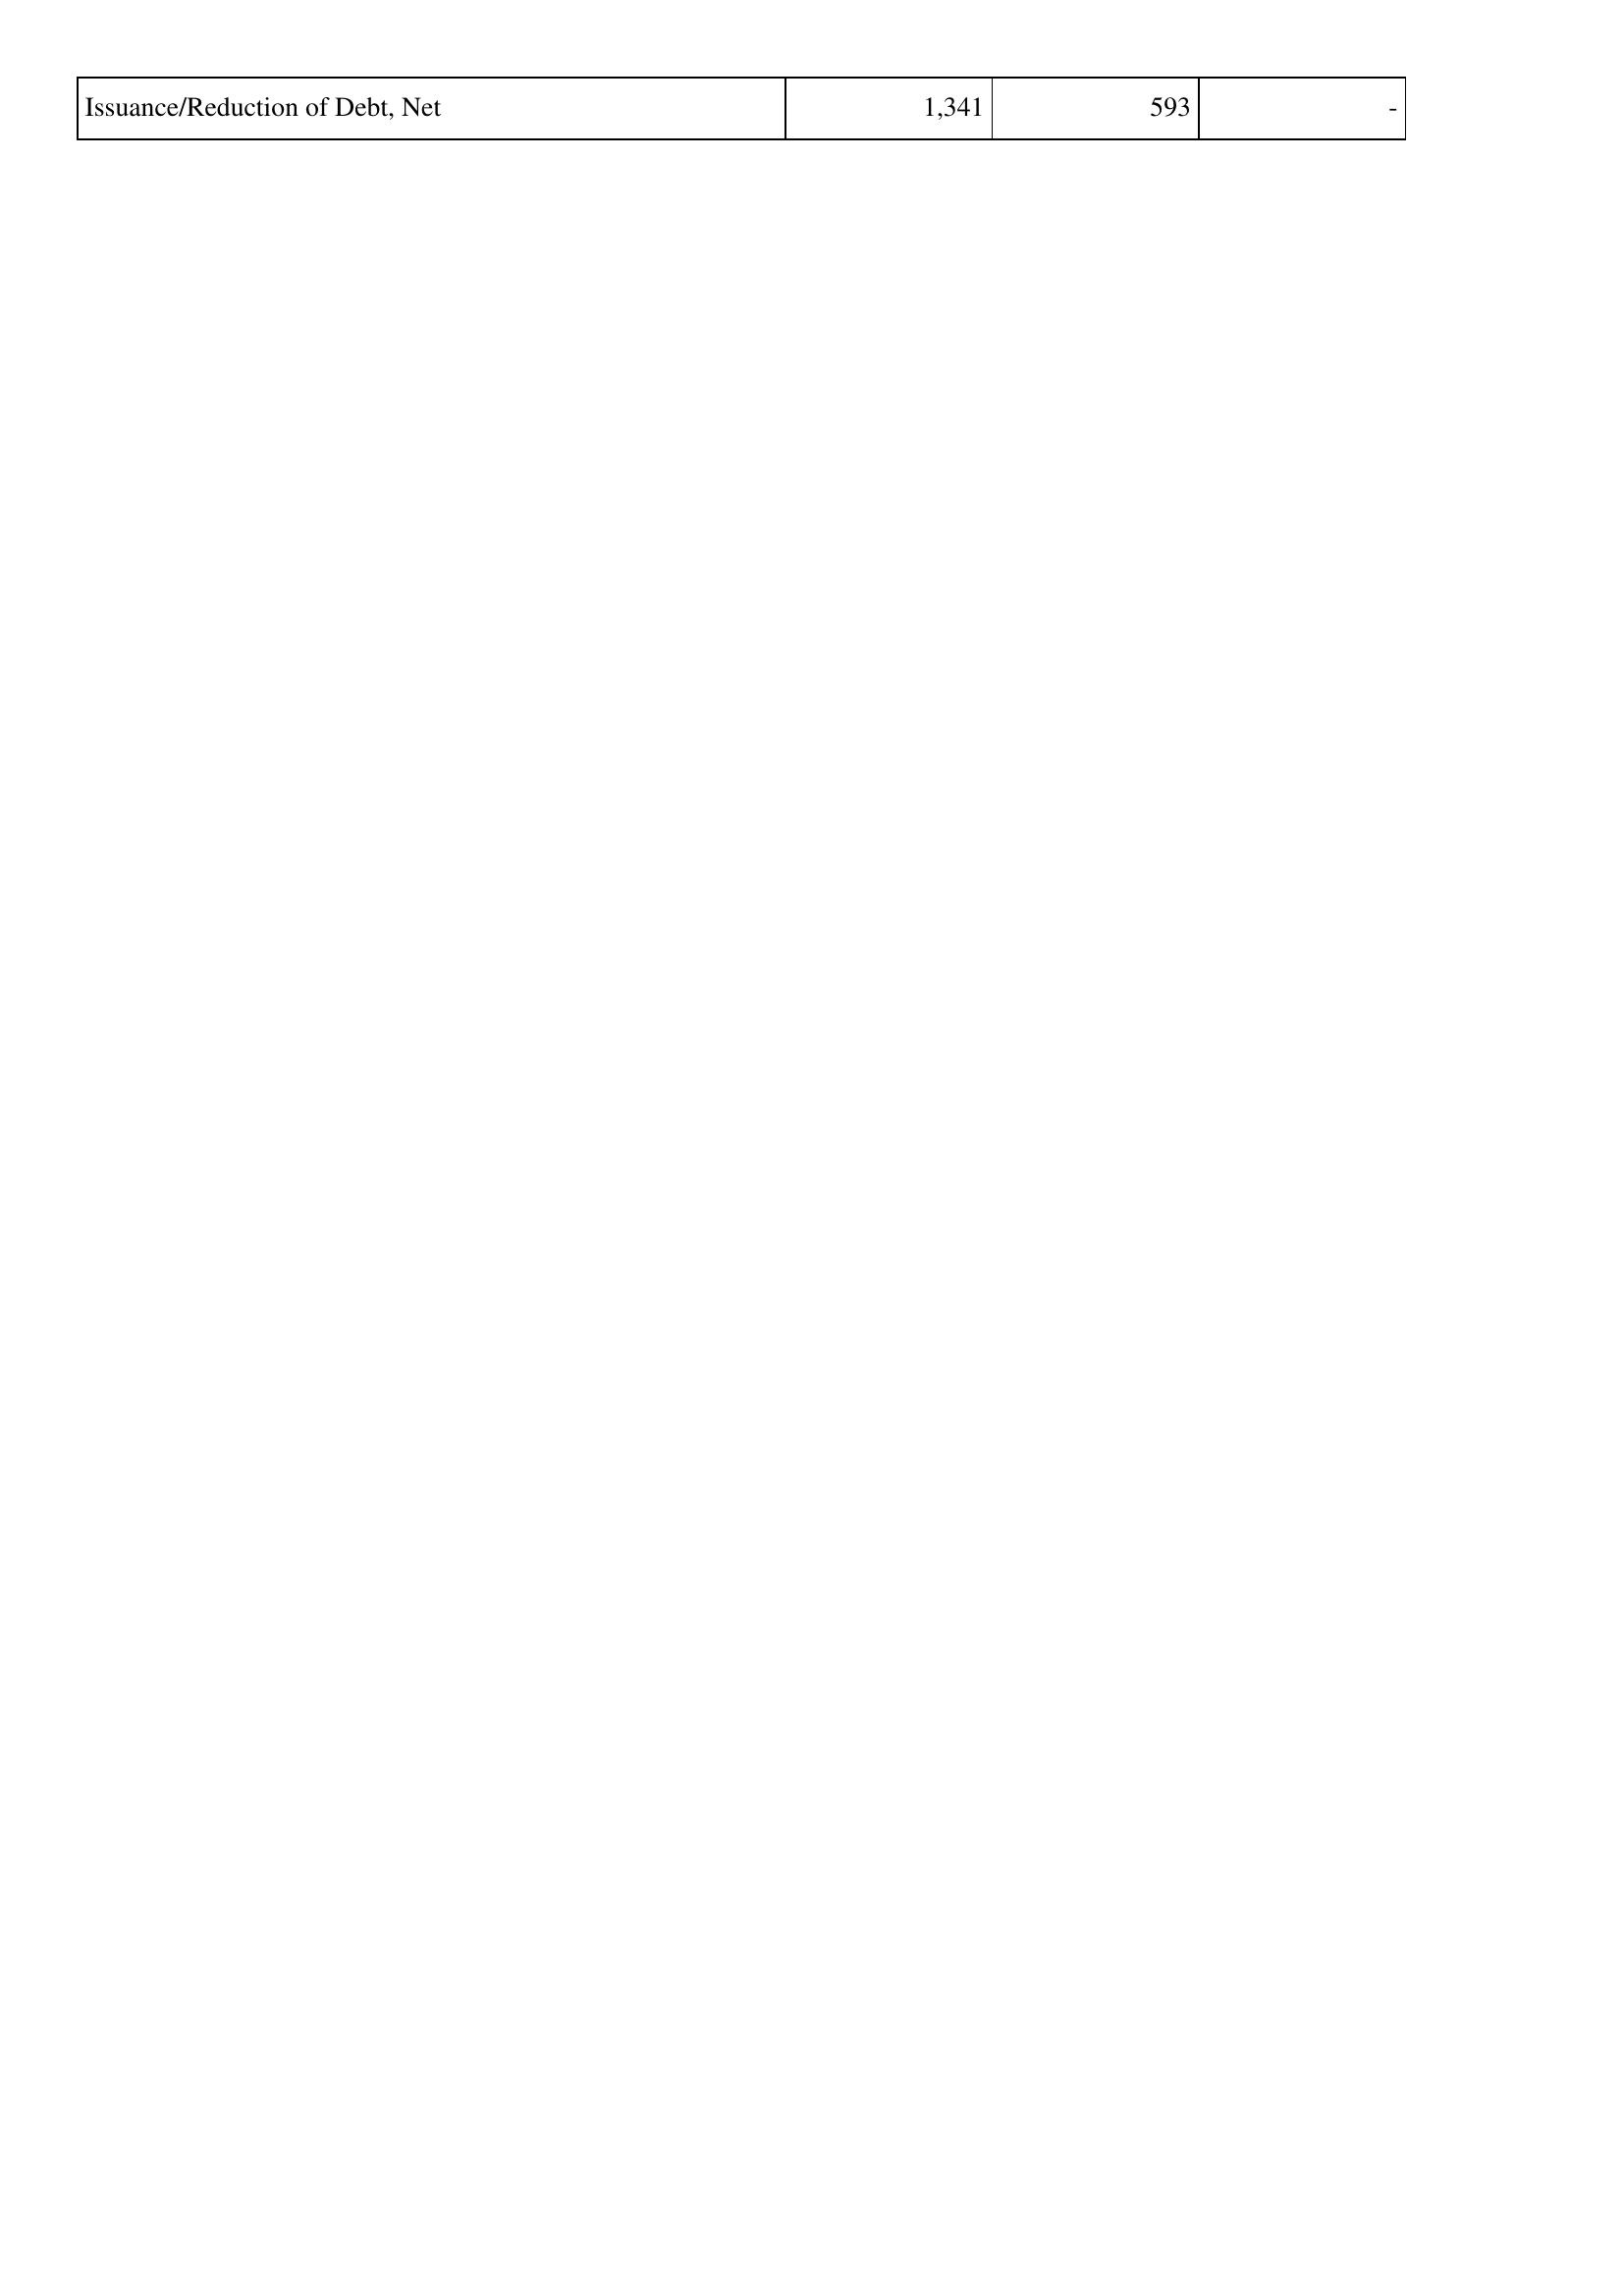
2021: Financing Activities: Issuance/Reduction of Debt, Net: 1,341
2022: Financing Activities: Issuance/Reduction of Debt, Net: 593
2023: Financing Activities: Issuance/Reduction of Debt, Net: -